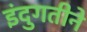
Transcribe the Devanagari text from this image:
इंदुगतीने